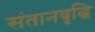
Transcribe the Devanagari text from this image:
संतानवृद्धि